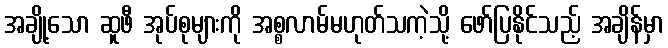
အချို့သော ဆူဖီ အုပ်စုများကို အစ္စလာမ်မဟုတ်သကဲ့သို့ ဖော်ပြနိုင်သည့် အချိန်မှာ